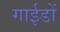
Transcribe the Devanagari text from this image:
गाईडों